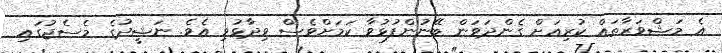
އެ މަޝްވަރާތައް ކުރިއަށް ގެންދަވަން ބޭނުންފުޅުވާ ކަމަށްވެސް ވިދާޅުވި އެވެ. ނަޝީދުގެ މެސެޖުގައި